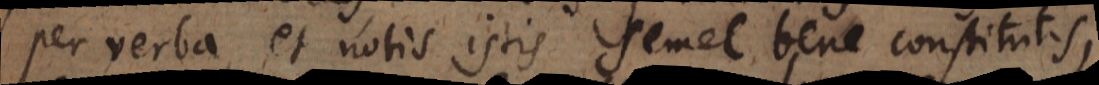
per verba et notis istis semel bene constitutis,